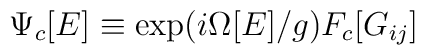
\Psi_c [E] \equiv \exp (i \Omega [ E ] / g ) F_c [G_{ij}]